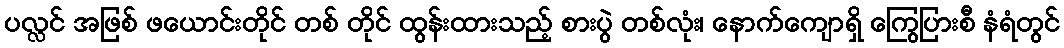
ပလ္လင် အဖြစ် ဖယောင်းတိုင် တစ် တိုင် ထွန်းထားသည့် စားပွဲ တစ်လုံး၊ နောက်ကျောရှိ ကြွေပြားစီ နံရံတွင်